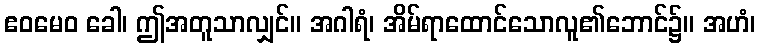
ဧဝမေဝ ခေါ၊ ဤအတူသာလျှင်။ အဂါရံ၊ အိမ်ရာထောင်သောလူ၏ဘောင်၌။ အဟံ၊